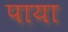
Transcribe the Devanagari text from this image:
पाया